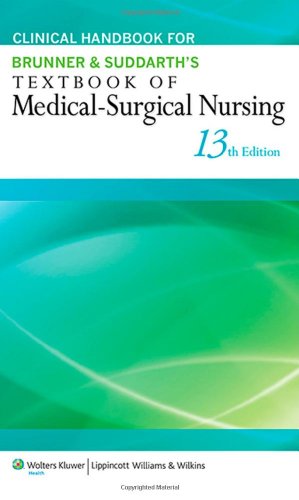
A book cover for Clinical Handbook for Brunner & Suddarth's Textbook of Medical-Surgical Nursing; Janice L. Hinkle PhD  RN  CNRN; Medical Books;